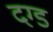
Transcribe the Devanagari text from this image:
दग्ड